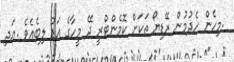
.މިހެން ހެދުމުން ރޭޑިޔޯ ތަކަށް ކޮމެންޓްރީ ދޭ މީހާގެ އަޑު ލިބެއެވެ .އަދި